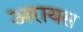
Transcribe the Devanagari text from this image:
अरायस